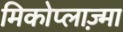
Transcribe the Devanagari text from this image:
मिकोप्लाज़्मा